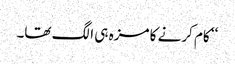
‘‘ کام کرنے کا مزہ ہی الگ تھا۔